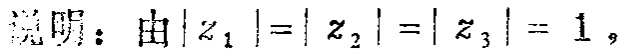
说明：由\(\vert z_{1}\vert=\vert z_{2}\vert=\vert z_{3}\vert = 1\)，